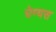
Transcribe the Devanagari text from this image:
घेण्यस